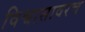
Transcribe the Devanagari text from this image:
विश्वासावरच